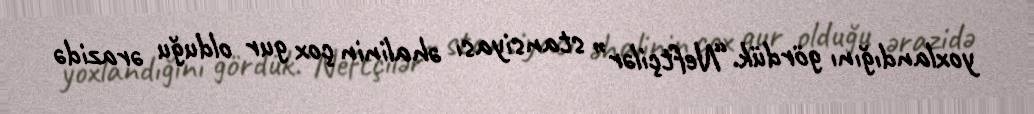
yoxlandığını gördük.“Neftçilər” stansiyası əhalinin çox gur olduğu ərazidə